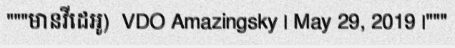
"""មានវីដេអូ)  VDO Amazingsky | May 29, 2019 |"""